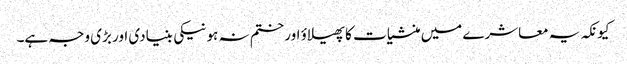
کیونکہ یہ معاشرے میں منشیات کا پھیلاؤ اور ختم نہ ہونیکی بنیادی اور بڑی وجہ ہے۔